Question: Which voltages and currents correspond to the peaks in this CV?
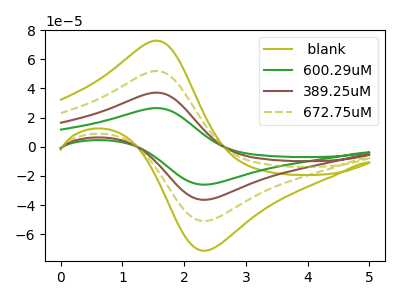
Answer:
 <answer>The olive curve " blank" has an anodic peak at (1.55V, 111.45uA) and a cathodic peak at (2.35V, -109.10uA). The green curve "600.29uM" has an anodic peak at (1.55V, 26.55uA) and a cathodic peak at (2.35V, -25.95uA). The brown curve "389.25uM" has an anodic peak at (1.55V, 37.15uA) and a cathodic peak at (2.35V, -36.35uA). The olive dashed curve "672.75uM" has an anodic peak at (1.55V, 74.30uA) and a cathodic peak at (2.35V, -72.70uA).</answer>
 <eval></eval>